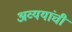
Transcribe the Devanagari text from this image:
अव्ययांची